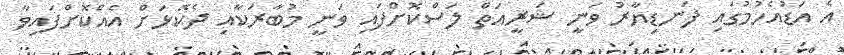
އެ އަޑުއެހުމުގައި ފަނޑިޔާރު ވަނީ ޝަރީއަތް ލަސްކޮށްފައި ވަނީ މުބާރަކާއި ދެކޮޅަށް އެއްކޮށްފައިވާ